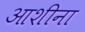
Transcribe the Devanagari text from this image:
आशीना